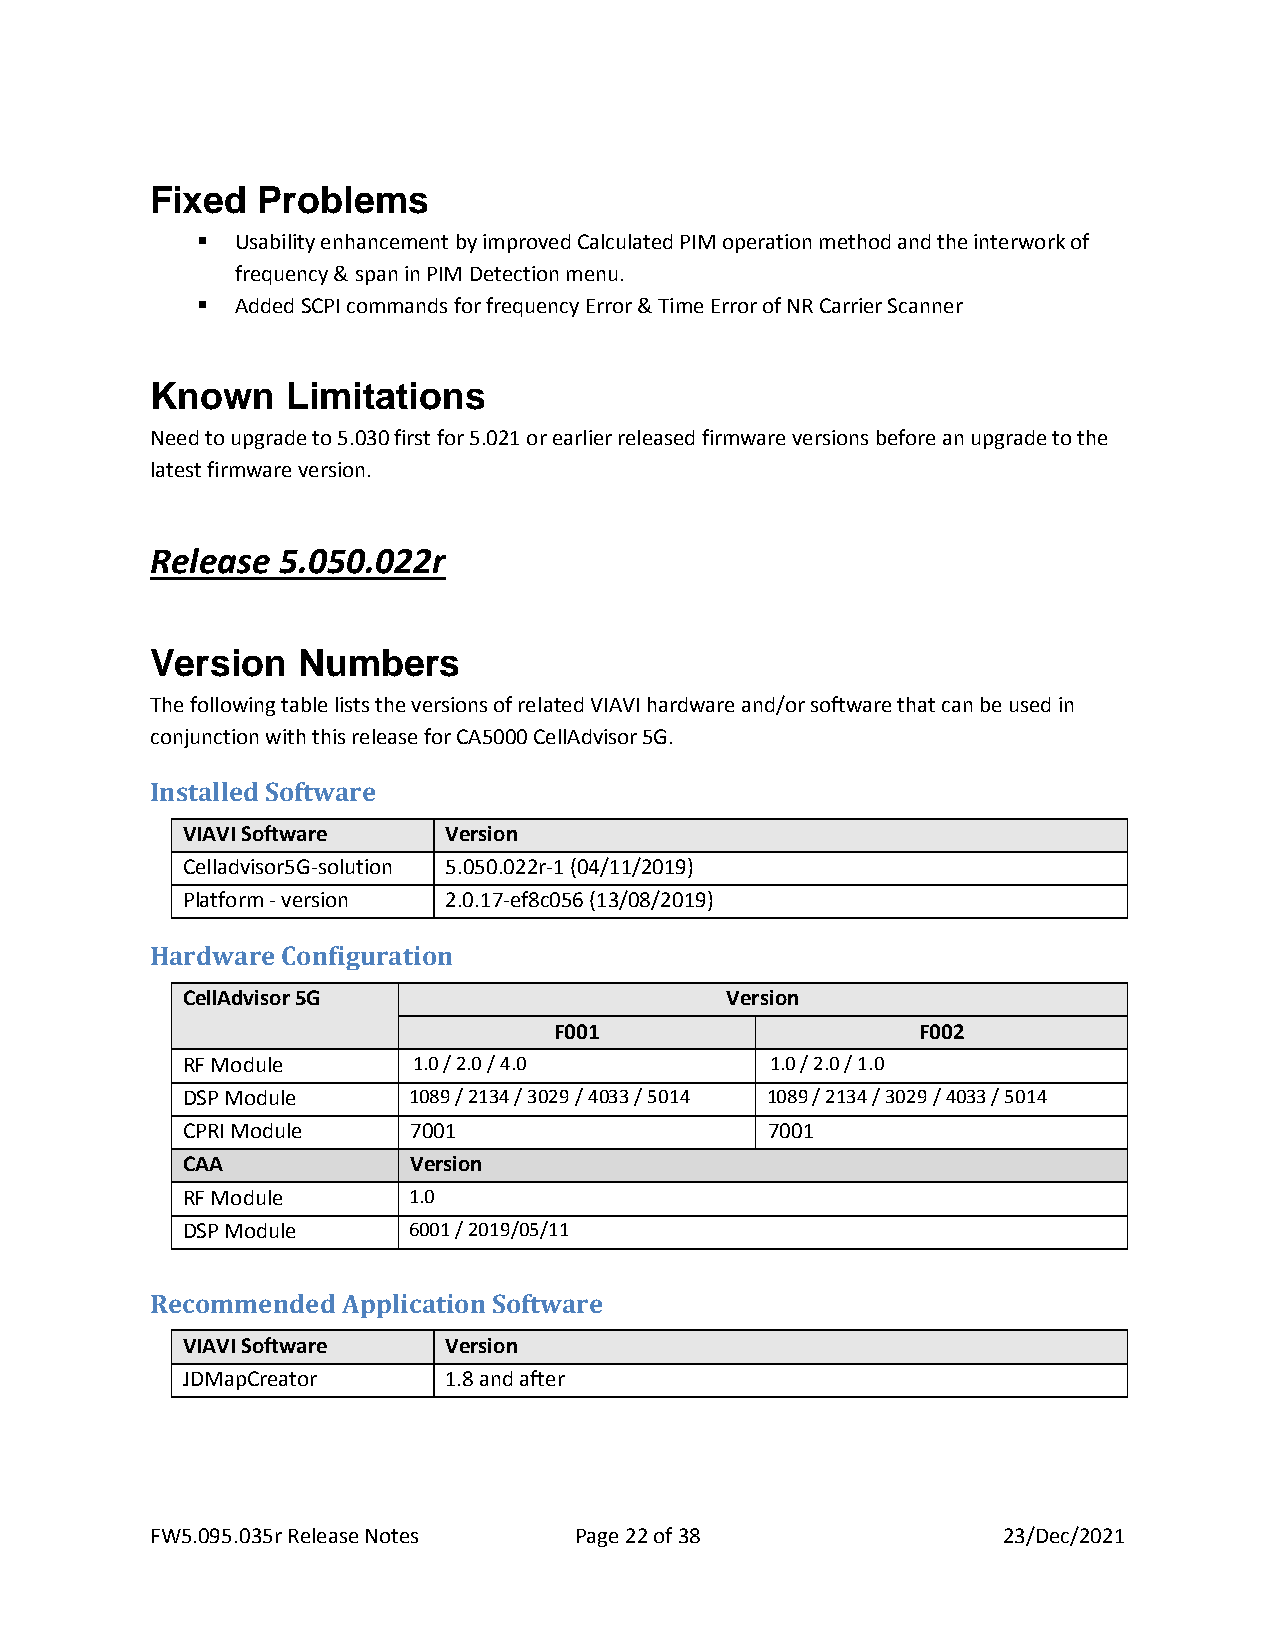
Fixed  Problems
 ▪  Usability enhancement by improved Calculated PIM operation method and the interwork of
 frequency & span in PIM Detection menu.
 ▪  Added SCPI commands for frequency Error & Time Error of NR Carrier Scanner
 Known    Limitations
 Need to upgrade to 5.030 first for 5.021 or earlier released firmware versions before an upgrade to the
 latest firmware version.
 Release 5.050.022r
 Version   Numbers
 The following table lists the versions of related VIAVI hardware and/or software that can be used in
 conjunction with this release for CA5000 CellAdvisor 5G.
 Installed Software
 VIAVI Software   Version
 Celladvisor5G-solution 5.050.022r-1 (04/11/2019)
 Platform - version 2.0.17-ef8c056 (13/08/2019)
 Hardware Configuration
 CellAdvisor 5G                      Version
 F001                    F002
 RF Module      1.0 / 2.0 / 4.0         1.0 / 2.0 / 1.0
 DSP Module     1089 / 2134 / 3029 / 4033 / 5014 1089 / 2134 / 3029 / 4033 / 5014
 CPRI Module    7001                    7001
 CAA            Version
 RF Module      1.0
 DSP Module     6001 / 2019/05/11
 Recommended  Application Software
 VIAVI Software   Version
 JDMapCreator     1.8 and after
 FW5.095.035r Release Notes  Page 22 of 38               23/Dec/2021